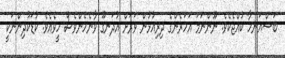
ބަސްއަނހާ ކުއްޖެކެވެ. ނޫންނަމަ އަހަރެންގެ ދިރިއުޅުން ވަރަށް އުދަނގޫ ވާނެހެންވެސް ހީވެއެވެ. ކުޑަކުދިންނަކީ